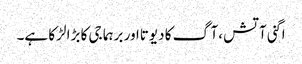
اگنی آتش ،آگ کا دیوتااور برہما جی کا بڑا لڑکا ہے۔